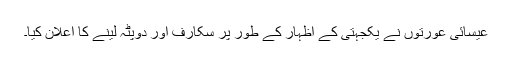
عیسائی عورتوں نے یکجہتی کے اظہار کے طور پر سکارف اور دوپٹہ لینے کا اعلان کیا۔